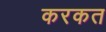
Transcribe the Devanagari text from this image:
करकत